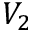
V _ { 2 }